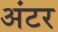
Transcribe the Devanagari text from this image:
अंटर